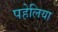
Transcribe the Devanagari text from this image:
पहेलिया